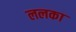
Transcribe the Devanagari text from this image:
ललका